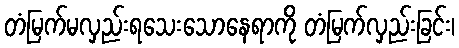
တံမြက်မလှည်းရသေးသောနေရာကို တံမြက်လှည်းခြင်း၊